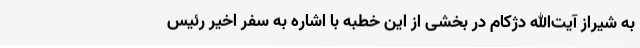
به شیراز آیت‌الله دژکام در بخشی از این خطبه با اشاره به سفر اخیر رئیس